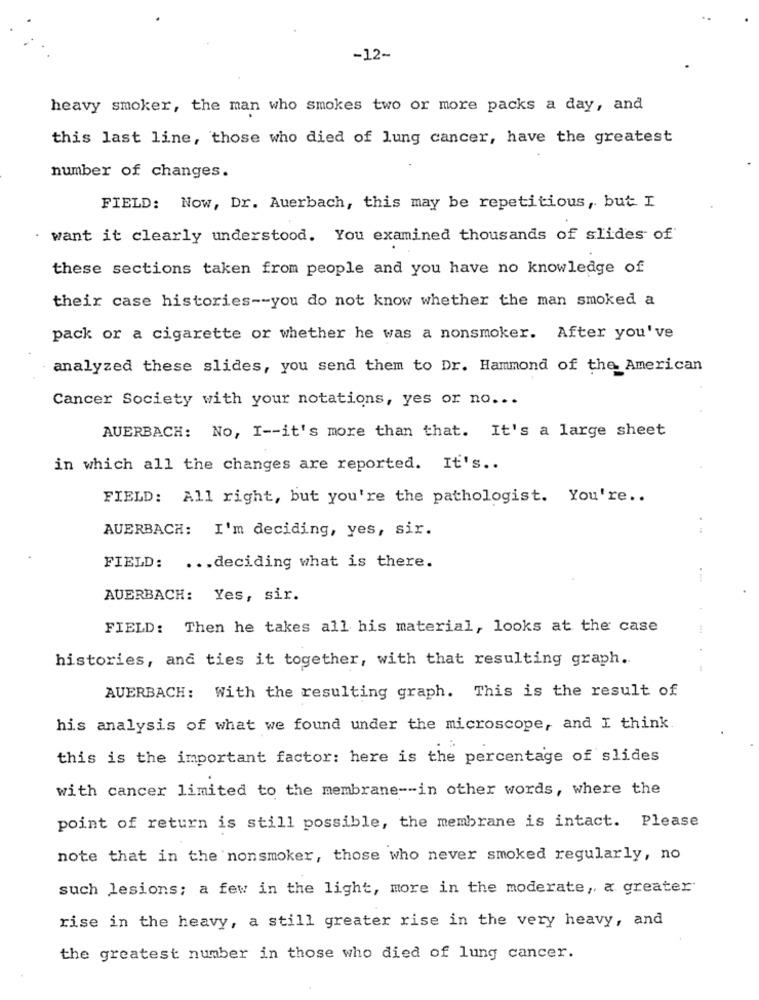
-12-
heavy smoker, the man who smokes two or more packs a day, and
this last line, those who died of lung cancer, have the greatest
number of changes.
FIELD: Now, Dr. Auerbach, this may be repetitious, but I
want it clearly understood. You examined thousands of slides of
these sections taken from people and you have no knowledge of
their case histories -- you do not know whether the man smoked a
pack or a cigarette or whether he was a nonsmoker. After you've
analyzed these slides, you send them to Dr. Hammond of the American
Cancer Society with your notations, yes or no ...
AUERBACH: No, I -- it's more than that. It's a large sheet
in which all the changes are reported. It's ..
FIELD: All right, but you're the pathologist. You're ..
AUERBACH: I'm deciding, yes, sir.
FIELD: ... deciding what is there.
AUERBACH: Yes, sir.
FIELD: Then he takes all his material, looks at the case
histories, and ties it together, with that resulting graph.
AUERBACH: With the resulting graph. This is the result of
his analysis of what we found under the microscope, and I think
this is the important factor: here is the percentage of slides
with cancer limited to the membrane -- in other words, where the
point of return is still possible, the membrane is intact. Please
note that in the nonsmoker, those who never smoked regularly, no
such lesions; a few in the light, more in the moderate, a greater
rise in the heavy, a still greater rise in the very heavy, and
the greatest number in those who died of lung cancer.